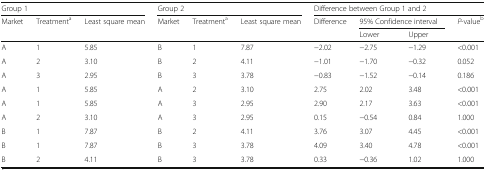
| <COLSPAN=3> Group 1 | <COLSPAN=3> Group 2 | <COLSPAN=4> Difference between Group 1 and 2 |
 | Market | Treatmenta | Least square mean | Market | Treatmenta | Least square mean | Difference | <COLSPAN=2> 95% Confidence interval | P-valueb |
 |  |  |  |  |  |  |  | Lower | Upper |  |
 | --- | --- | --- | --- | --- | --- | --- | --- | --- | --- |
 | A | 1 | 5.85 | B | 1 | 7.87 | −2.02 | −2.75 | −1.29 | <0.001 |
 | A | 2 | 3.10 | B | 2 | 4.11 | −1.01 | −1.70 | −0.32 | 0.052 |
 | A | 3 | 2.95 | B | 3 | 3.78 | −0.83 | −1.52 | −0.14 | 0.186 |
 | A | 1 | 5.85 | A | 2 | 3.10 | 2.75 | 2.02 | 3.48 | <0.001 |
 | A | 1 | 5.85 | A | 3 | 2.95 | 2.90 | 2.17 | 3.63 | <0.001 |
 | A | 2 | 3.10 | A | 3 | 2.95 | 0.15 | −0.54 | 0.84 | 1.000 |
 | B | 1 | 7.87 | B | 2 | 4.11 | 3.76 | 3.07 | 4.45 | <0.001 |
 | B | 1 | 7.87 | B | 3 | 3.78 | 4.09 | 3.40 | 4.78 | <0.001 |
 | B | 2 | 4.11 | B | 3 | 3.78 | 0.33 | −0.36 | 1.02 | 1.000 |